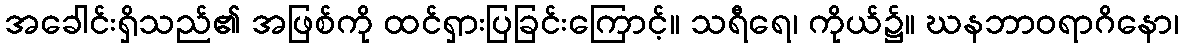
အခေါင်းရှိသည်၏ အဖြစ်ကို ထင်ရှားပြခြင်းကြောင့်။ သရီရေ၊ ကိုယ်၌။ ဃနဘာဝရာဂိနော၊